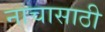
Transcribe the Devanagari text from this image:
नाचासाठी